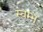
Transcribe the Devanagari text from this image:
स्वम्भू